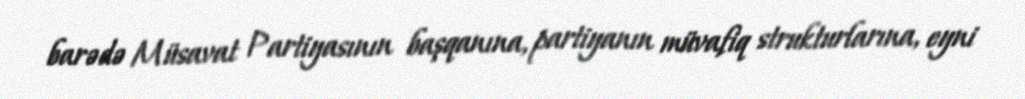
barədə Müsavat Partiyasının başqanına, partiyanın müvafiq strukturlarına, eyni